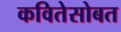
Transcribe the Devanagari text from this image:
कवितेसोबत